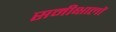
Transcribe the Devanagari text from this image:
समीक्षालों